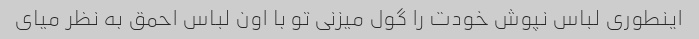
اینطوری لباس نپوش خودت را گول میزنی تو با اون لباس احمق به نظر میای